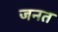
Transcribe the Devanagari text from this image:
जनत